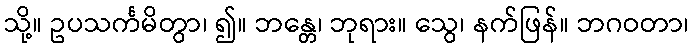
သို့။ ဥပသင်္ကမိတွာ၊ ၍။ ဘန္တေ၊ ဘုရား။ သွေ၊ နက်ဖြန်။ ဘဂဝတာ၊